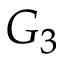
G _ { 3 }